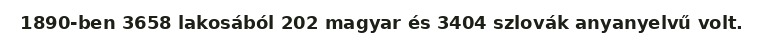
1890-ben 3658 lakosából 202 magyar és 3404 szlovák anyanyelvű volt.